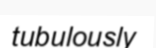
tubulously